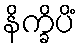
နိက္ခိပိံ